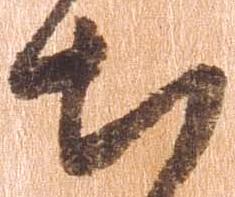
出